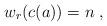
LaTeX: \begin{align*}w_r(c(a))=n\;,\end{align*}